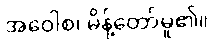
အဝေါစ၊ မိန့်တော်မူ၏။